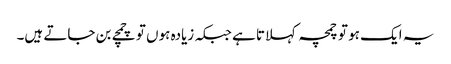
یہ ایک ہو تو چمچہ کہلاتا ہے جبکہ زیادہ ہوں تو چمچے بن جاتے ہیں۔